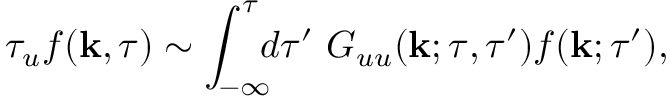
\tau _ { u } f ( { \bf { k } } , \tau ) \sim \int _ { - \infty } ^ { \tau } \! \! \! d \tau ^ { \prime } \ G _ { u u } ( { \bf { k } } ; \tau , \tau ^ { \prime } ) f ( { \bf { k } } ; \tau ^ { \prime } ) ,